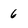
Character: 6